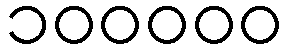
၁၀၀၀၀၀